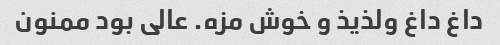
داغ داغ ولذیذ و خوش مزه. عالی بود ممنون